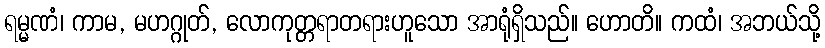
ရမ္မဏံ၊ ကာမ, မဟဂ္ဂုတ်, လောကုတ္တရာတရားဟူသော အာရုံရှိသည်။ ဟောတိ။ ကထံ၊ အဘယ်သို့